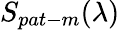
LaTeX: S_{pat-m}(\lambda)